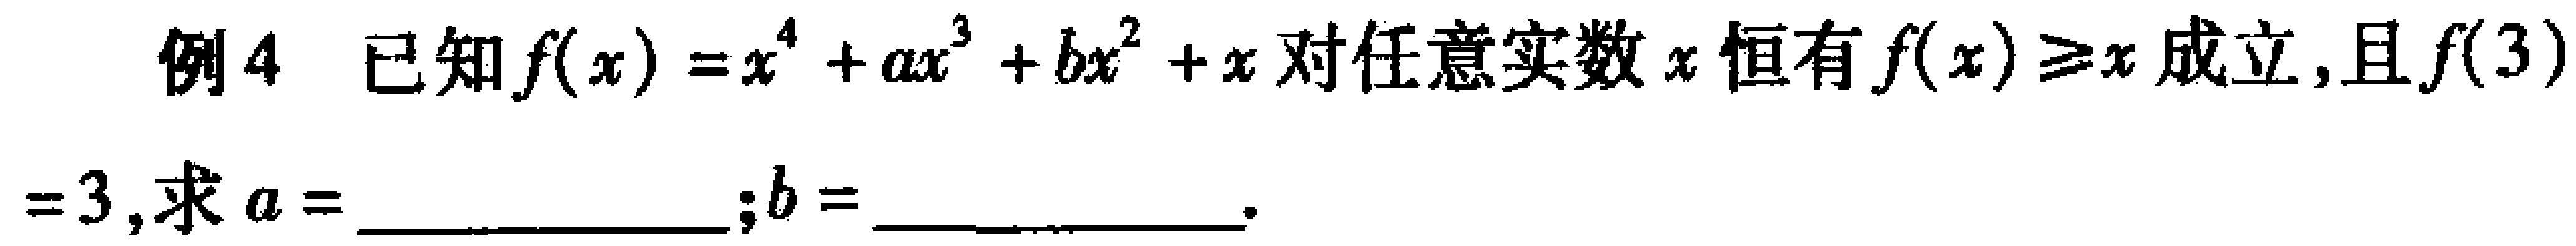
例4 已知$f(x)=x^{4}+ax^{3}+bx^{2}+x$对任意实数$x$恒有$f(x)\geq x$成立，且$f(3)$

$=3$,求$a =$_________________;$b =$_________________.